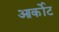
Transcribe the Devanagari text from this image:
आर्कोट